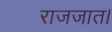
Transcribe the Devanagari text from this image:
राजजात।